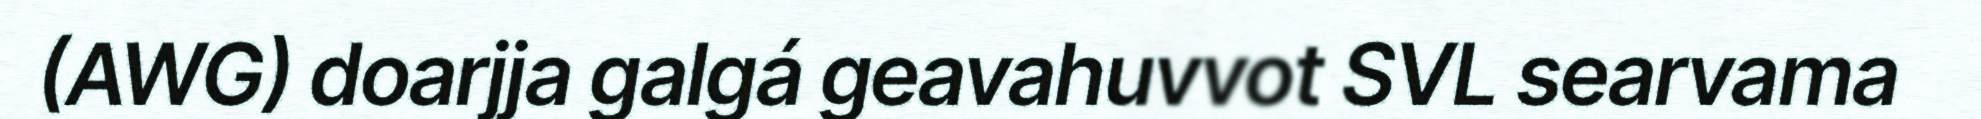
(AWG) doarjja galgá geavahuvvot SVL searvama